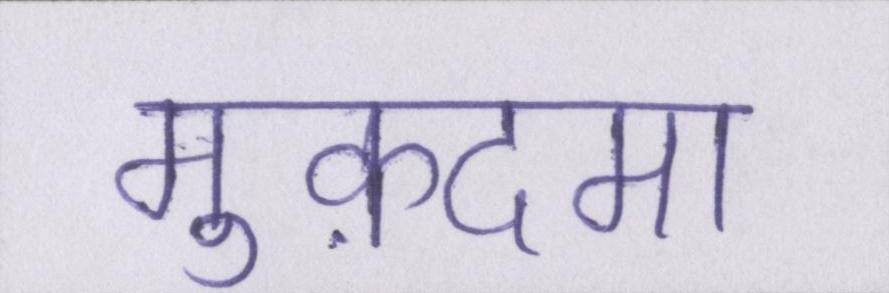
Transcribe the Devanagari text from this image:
मुक़दमा